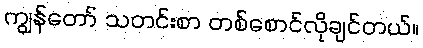
ကျွန်တော် သတင်းစာ တစ်စောင်လိုချင်တယ်။